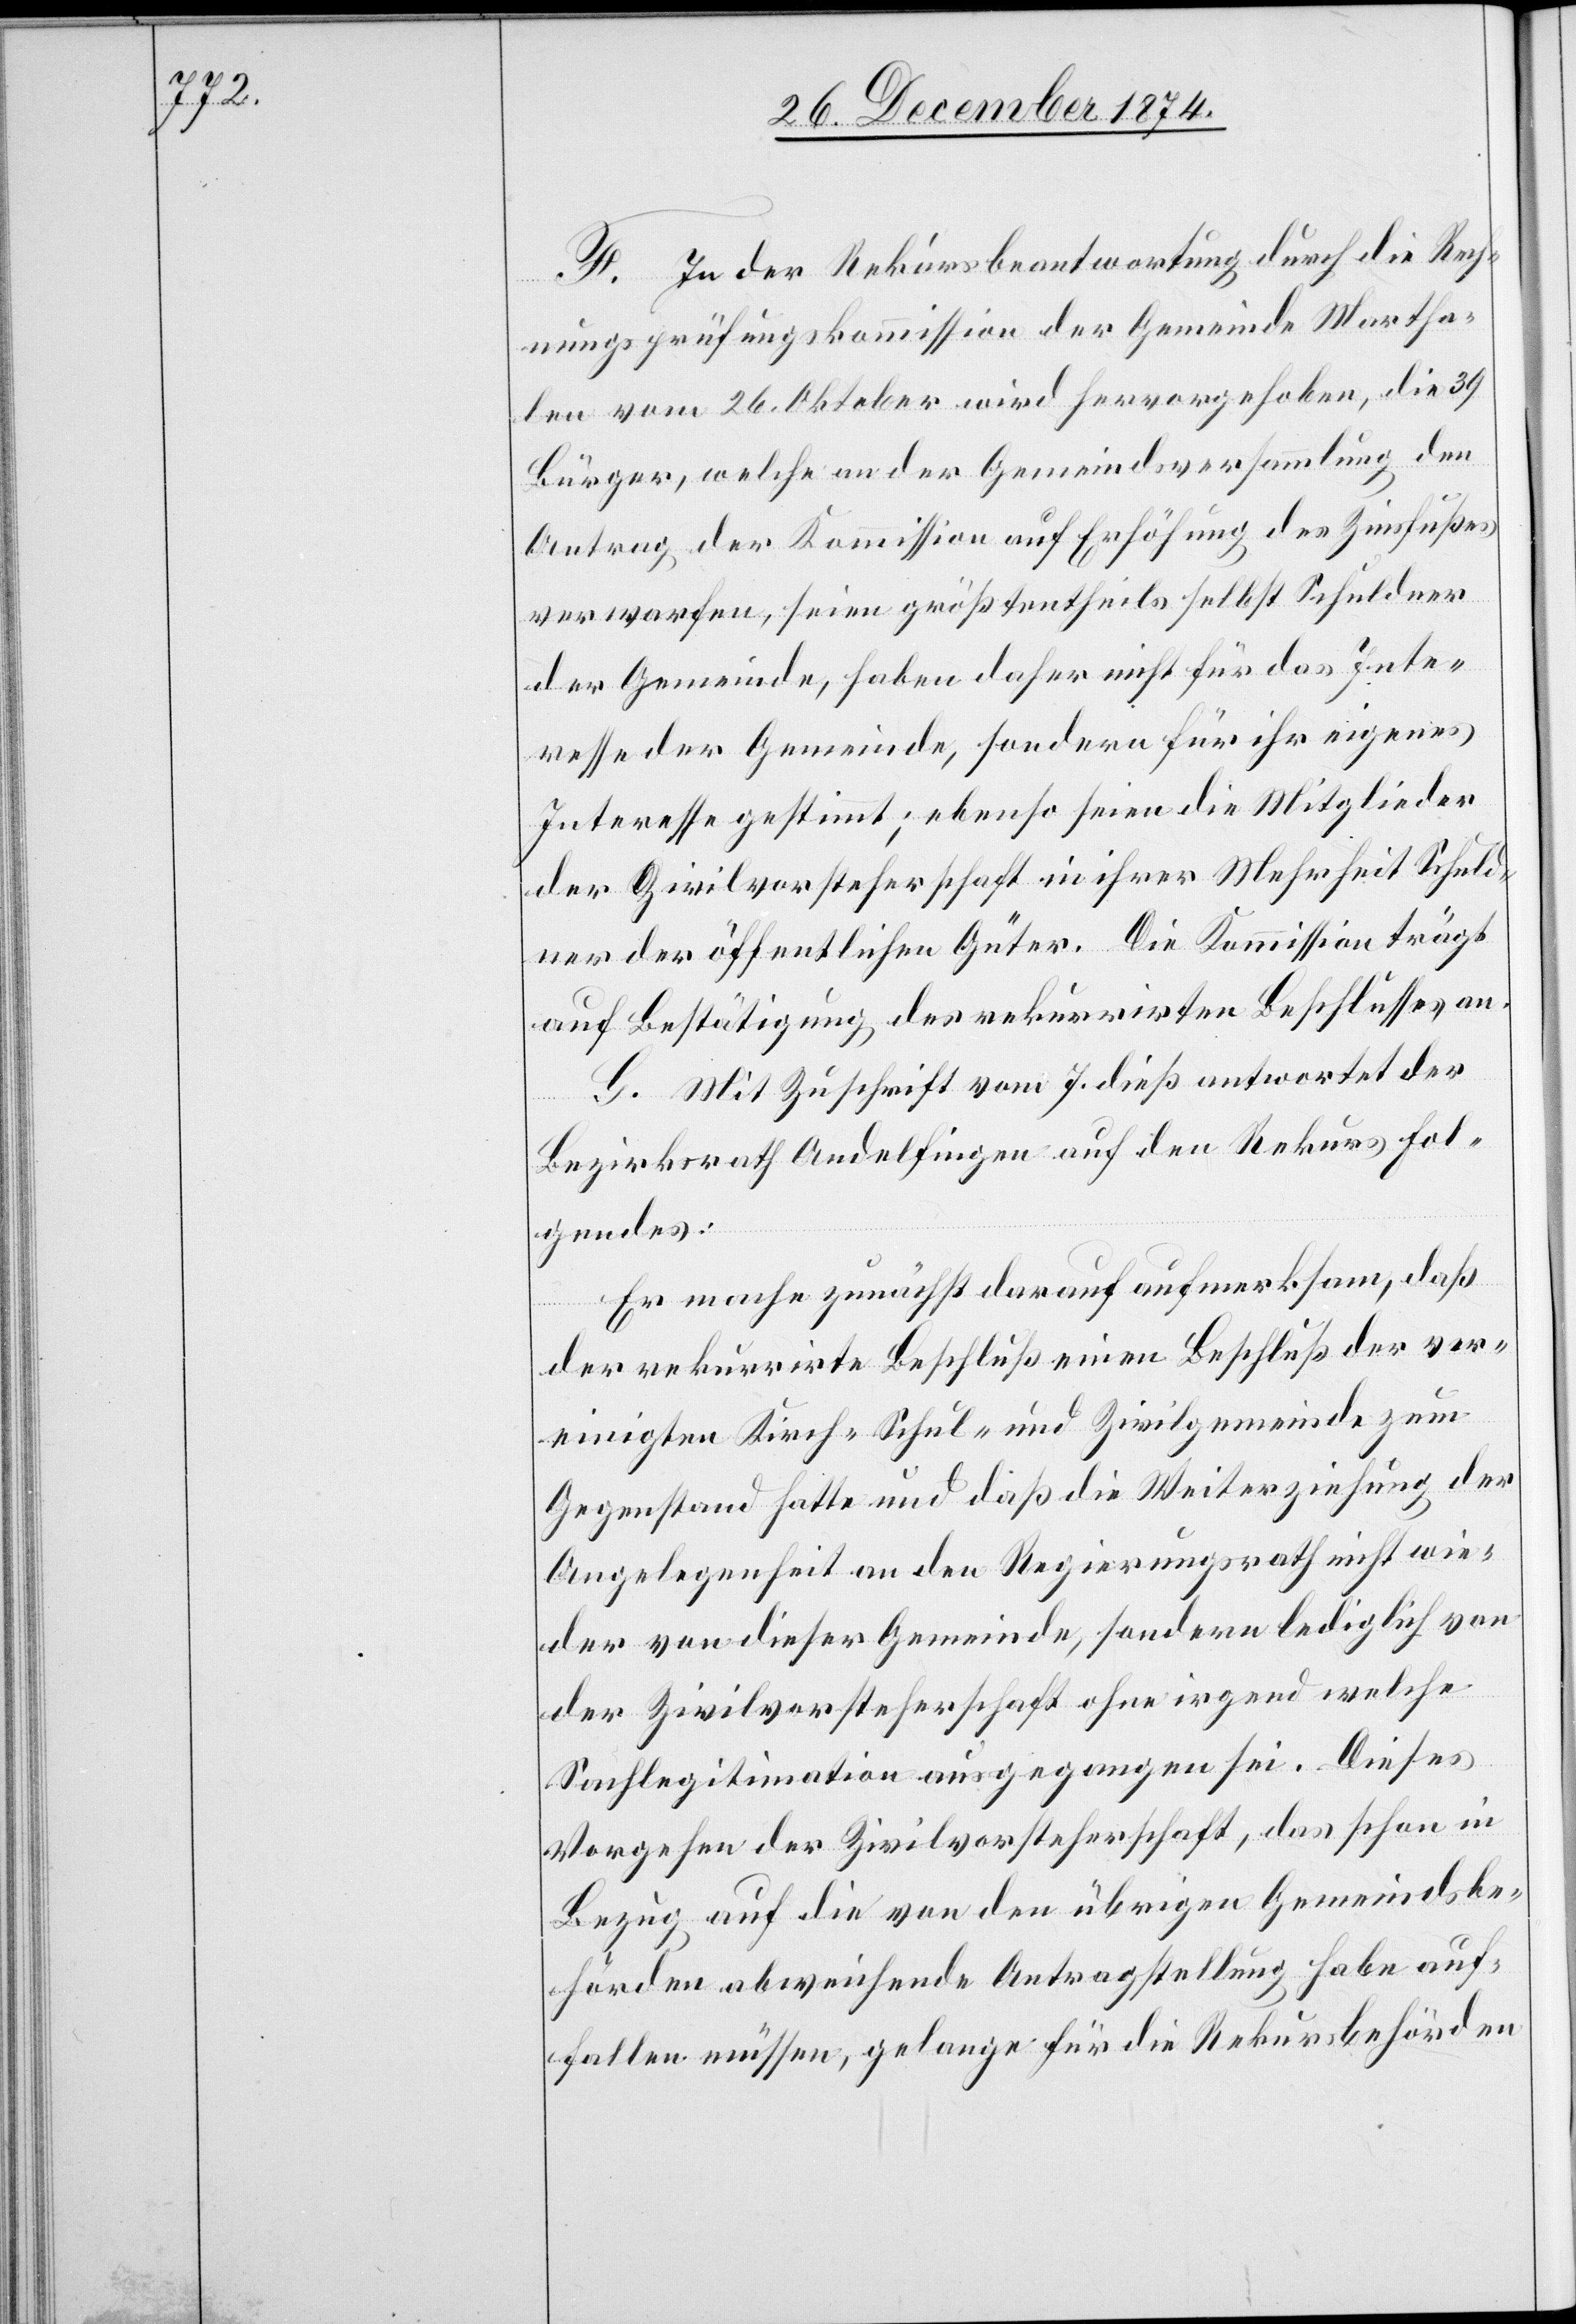
F. In der Rekursbeantwortung durch die Rech¬
nungsprüfungskommission der Gemeinde Martha¬
len vom 26. Oktober wird hervorgehoben, die 39
Bürger, welche an der Gemeindsversammlung den
Antrag der Kommission auf Erhöhung des Zinsfußes
verworfen, seien größtentheils selbst Schuldner
der Gemeinde, haben daher nicht für das Inte¬
resse der Gemeinde, sondern für ihr eigenes
Interesse gestimmt; ebenso seien die Mitglieder
der Zivilvorsteherschaft in ihrer Mehrheit Schuld¬
ner der öffentlichen Güter. Die Kommission trägt
auf Bestätigung des rekurrirten Beschlusses an.
G. Mit Zuschrift vom 7. dieß antwortet der
Bezirksrath Andelfingen auf den Rekurs Fol¬
gendes:
Er mache zunächst darauf aufmerksam, daß
der rekurrirte Beschluß einen Beschluß der ver¬
einigten Kirch-[,] Schul- und Zivilgemeinde zum
Gegenstand hatte und daß die Weiterziehung der
Angelegenheit an den Regierungsrath nicht wie¬
der von dieser Gemeinde, sondern lediglich von
der Zivilvorsteherschaft ohne irgend welche
Sachlegitimation ausgegangen sei. Dieses
Vorgehen der Zivilvorsteherschaft, das schon in
Bezug auf die von den übrigen Gemeindsbe¬
hörden abweichende Antragstellung habe auf¬
fallen müssen, gelange für die Rekursbehörden